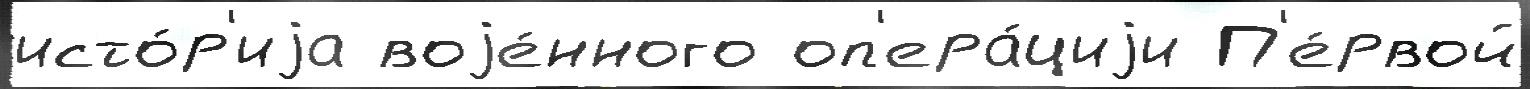
исто́р'иjа воjе́нного оп'ера́циjи П'е́рвой